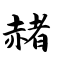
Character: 赭